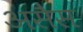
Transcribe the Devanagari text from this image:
असैस